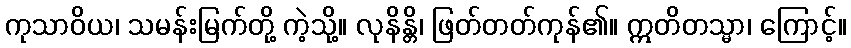
ကုသာဝိယ၊ သမန်းမြက်တို့ ကဲ့သို့။ လုနိန္တိ၊ ဖြတ်တတ်ကုန်၏။ ဣတိတသ္မာ၊ ကြောင့်။